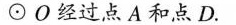
\odot О经过点A和点D.